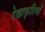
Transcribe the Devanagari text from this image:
रेखाकृतियों